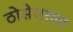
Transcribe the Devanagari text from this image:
ठोसेघरला